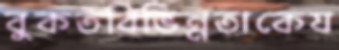
বুকতবিভিন্নতাকেয